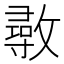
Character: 𢿼